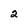
Character: 2